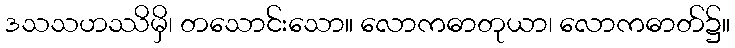
ဒသသဟဿိမှိ၊ တသောင်းသော။ လောကဓာတုယာ၊ လောကဓာတ်၌။